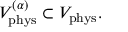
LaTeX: { \cal V } _ { \mathrm { p h y s } } ^ { ( \alpha ) } \subset { \cal V } _ { \mathrm { p h y s } } .